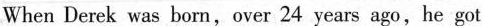
When Derek was born,over 24years ago,he got